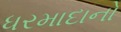
ધરમાદાનો